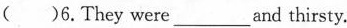
( )6.They were___and thirsty.